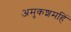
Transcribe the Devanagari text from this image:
अमुकशमहिं